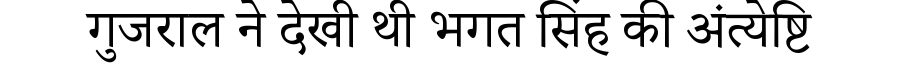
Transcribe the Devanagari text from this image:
गुजराल ने देखी थी भगत सिंह की अंत्येष्टि